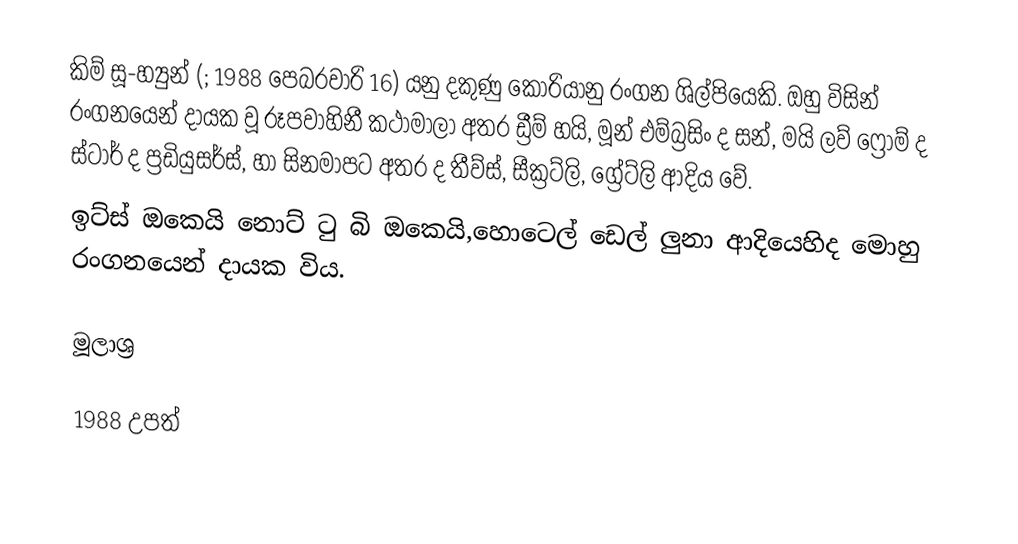
කිම් සූ-හ්‍යුන් (; 1988 පෙබරවාරි 16) යනු දකුණු කොරියානු රංගන ශිල්පියෙකි. ඔහු විසින් රංගනයෙන් දායක වූ රූපවාහිනී කථාමාලා අතර ඩ්‍රීම් හයි, මූන් එම්බ්‍රසිං ද සන්, මයි ලව් ෆ්‍රොම් ද ස්ටාර් ද ප්‍රඩියුසර්ස්, හා සිනමාපට අතර ද තීව්ස්, සීක්‍රට්ලි, ග්‍රේට්ලි ආදිය වේ.
ඉට්ස් ඔකෙයි නොට් ටු බි ඔකෙයි,හොටෙල් ඩෙල් ලුනා ආදියෙහිද මොහු රංගනයෙන් දායක විය.

මූලාශ්‍ර

1988 උපත්